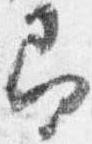
即